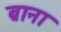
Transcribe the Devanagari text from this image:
ब्राना